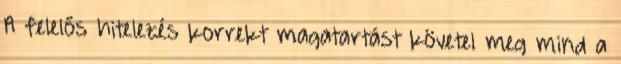
A felelős hitelezés korrekt magatartást követel meg mind a